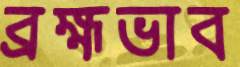
ব্রহ্মভাব